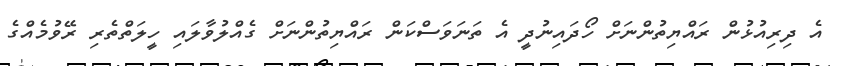
އެ ދިރިއުޅުން ރައްޔިތުންނަށް ހޯދައިނުދީ އެ ތަނަވަސްކަން ރައްޔިތުންނަށް ގެއްލުވާލައި ހީލަތްތެރި ރޭވުމެއްގެ